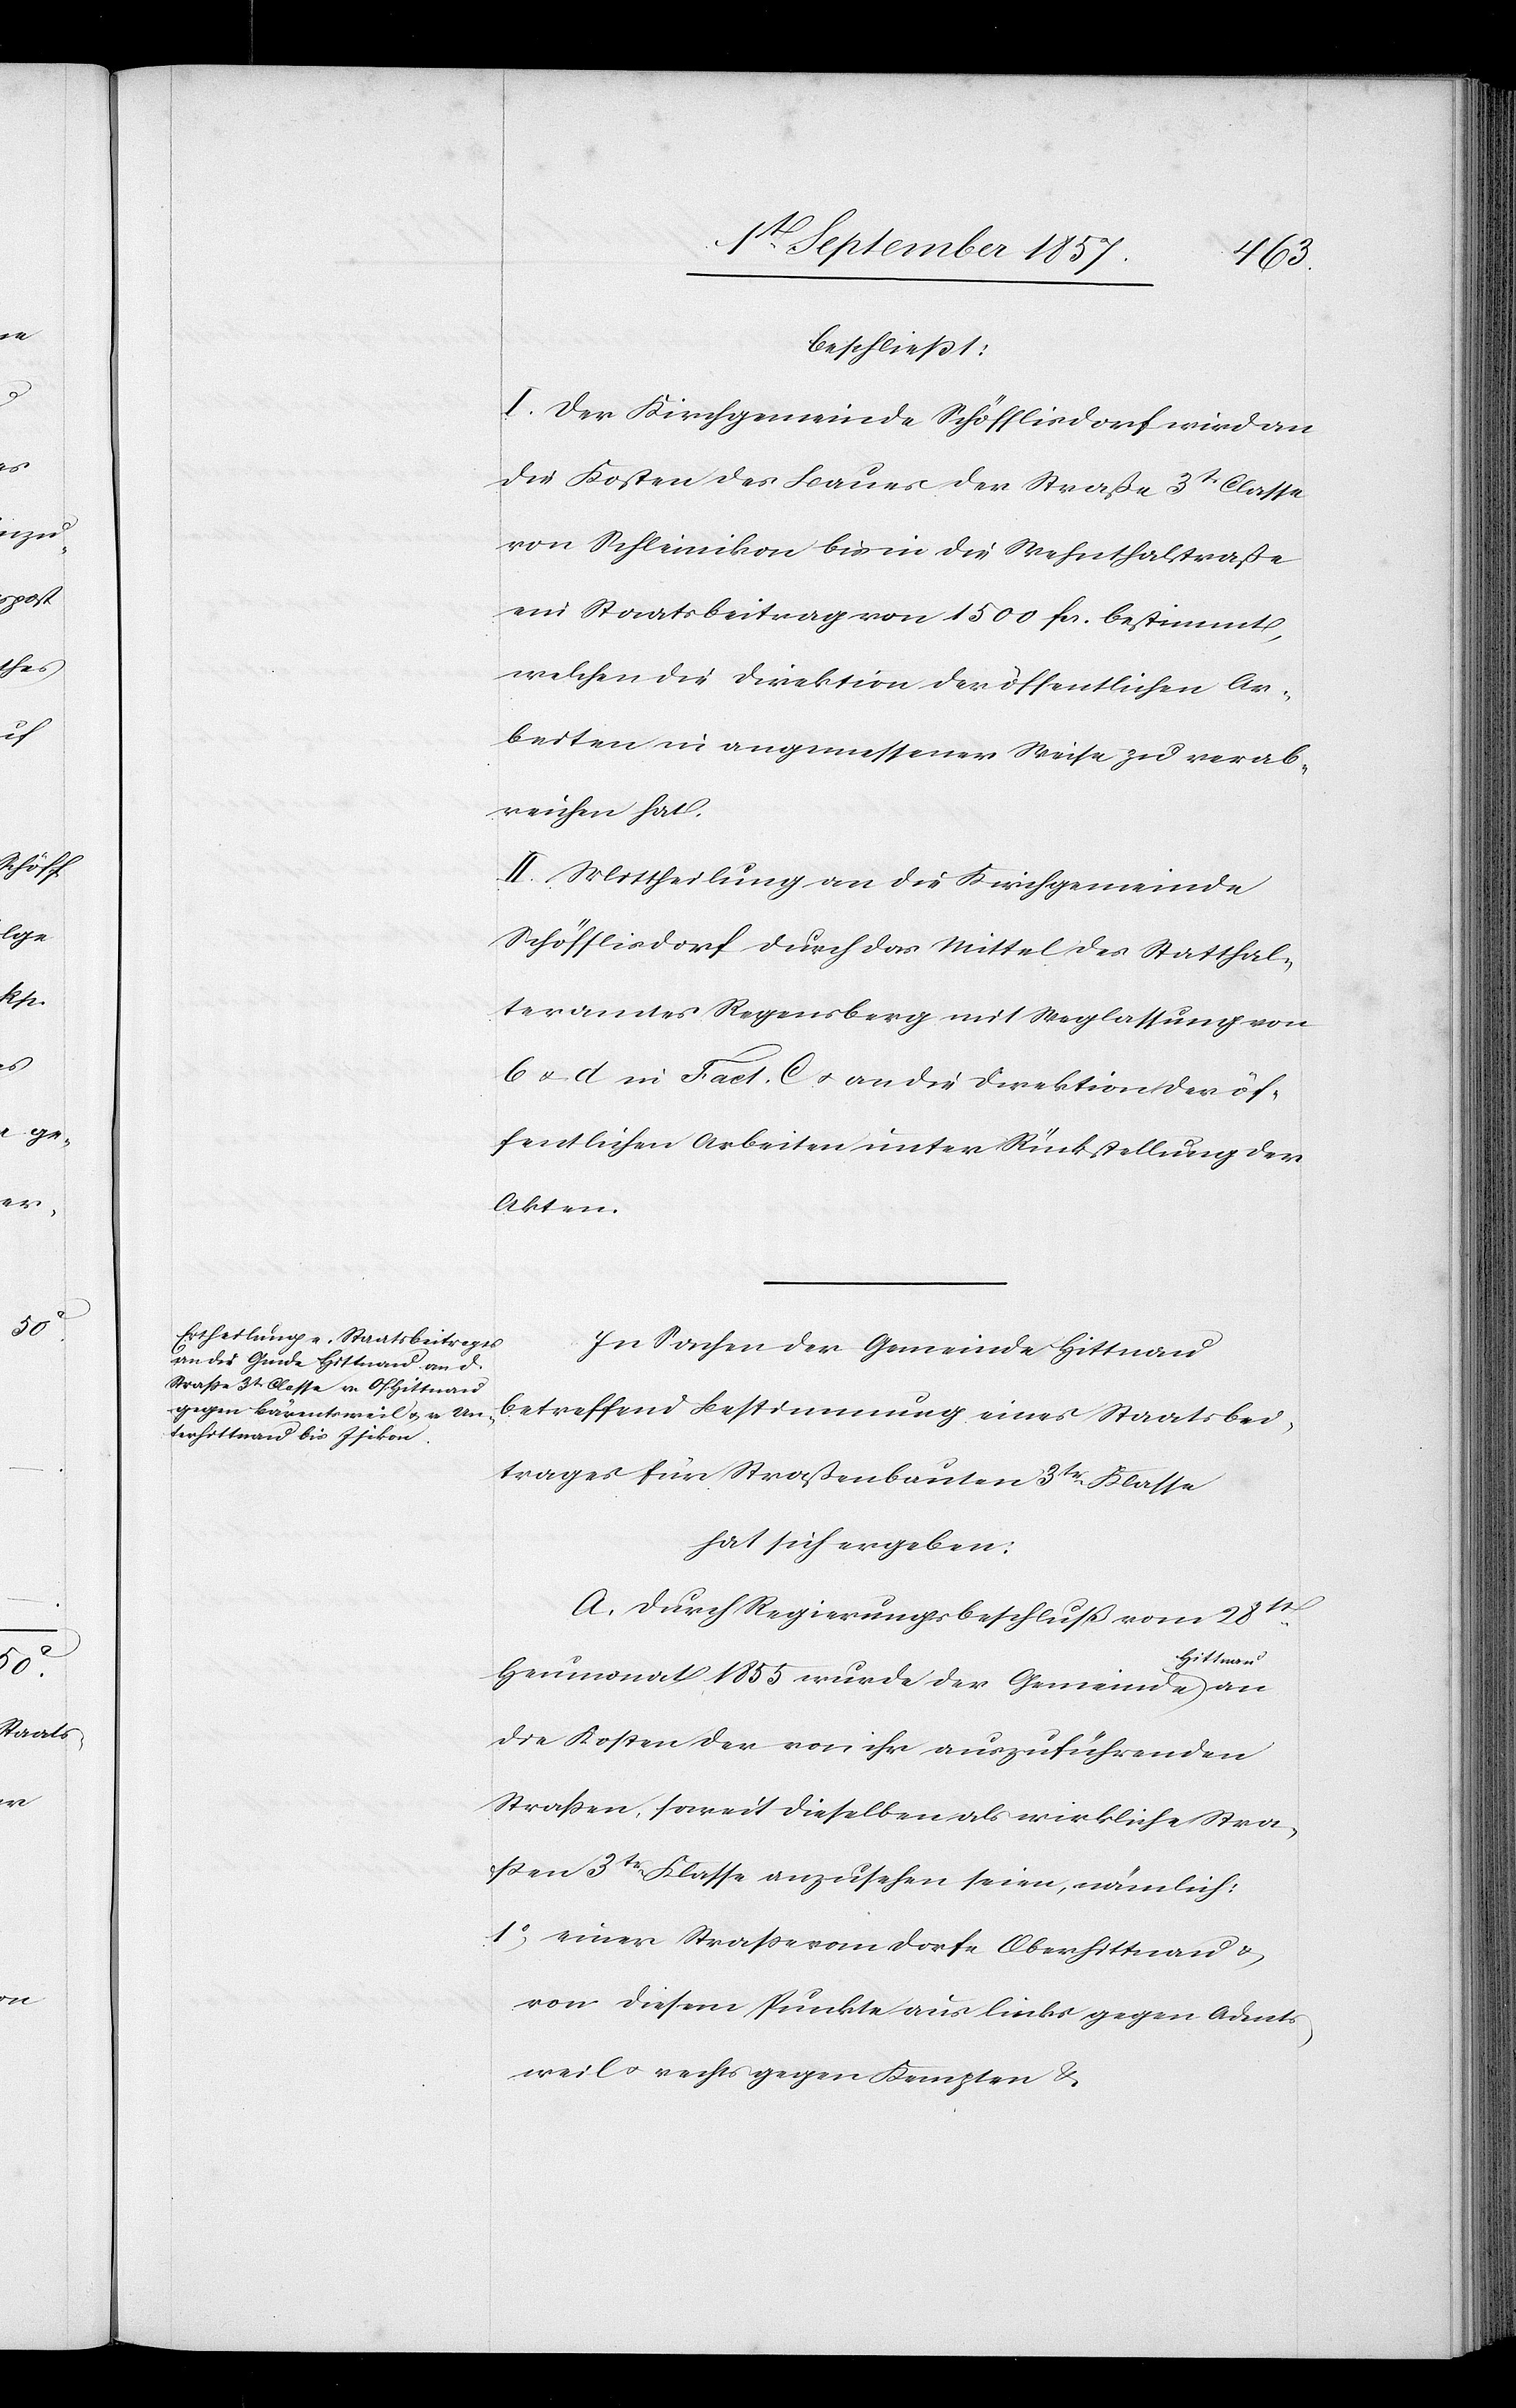
beschließt:
I. Der Kirchgemeinde Schöfflisdorf wird an
die Kosten des Baues der Straße 3t Classe
von Schleinikon bis in die Wehnthalerstraße
ein Staatsbeitrag von 1500 fcs. bestimmt,
welchen die Direktion der öffentlichen Ar¬
beiten in angemessener Weise zu verab¬
reichen hat.
II. Mittheilung an die Kirchgemeinde
Schöfflisdorf durch das Mittel des Statthal¬
teramtes Regensberg mit Weglassung von
b & d. in Fact C & an die Direktion der öf¬
fentlichen Arbeiten unter Rückstellung der
Akten.
In Sachen der Gemeinde Hittnau
betreffend Bestimmung eines Staatsbei¬
trages für Straßenbauten 3tr Klasse
hat sich ergeben:
A. Durch Regierungsbeschluß vom 28st
Hittnau
Heumonat 1855 wurde der Gemeinde
die Kosten der von ihr auszuführenden
Straßen, soweit dieselben als wirkliche Stra¬
ßen 3tr Klasse anzusehen seien, nämlich:
1o, einer Straße vom Dorfe Oberhittnau &
von diesem Punkte aus links gegen Adets¬
weil & rechts gegen Kempten, &